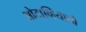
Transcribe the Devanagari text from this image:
ओटाव्हियानो